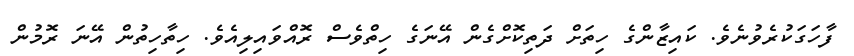
ފާހަގަކުރެވުނެވެ. ކައިޒާންގެ ހިތަށް ދަތިކޮށްގެން އޭނަގެ ހިތްވެސް ރޮއްވައިލިއެވެ. ހިތާހިތުން އޭނަ ރޮމުން